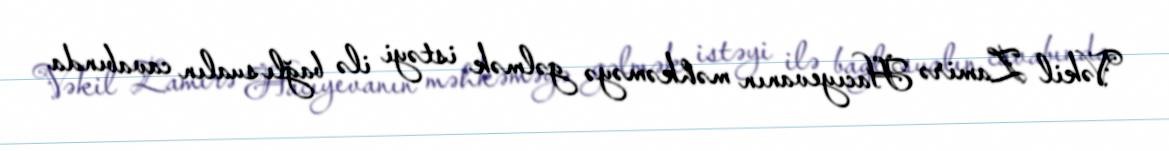
Vəkil Zamirə Hacıyevanın məhkəməyə gəlmək istəyi ilə bağlı sualın cavabında